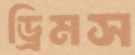
ড্রিমস